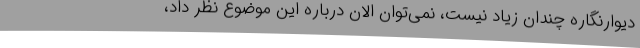
دیوارنگاره چندان زیاد نیست، نمی‌توان الان درباره این موضوع نظر داد،